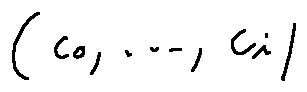
( c _ { 0 } , \ldots , c _ { i } )